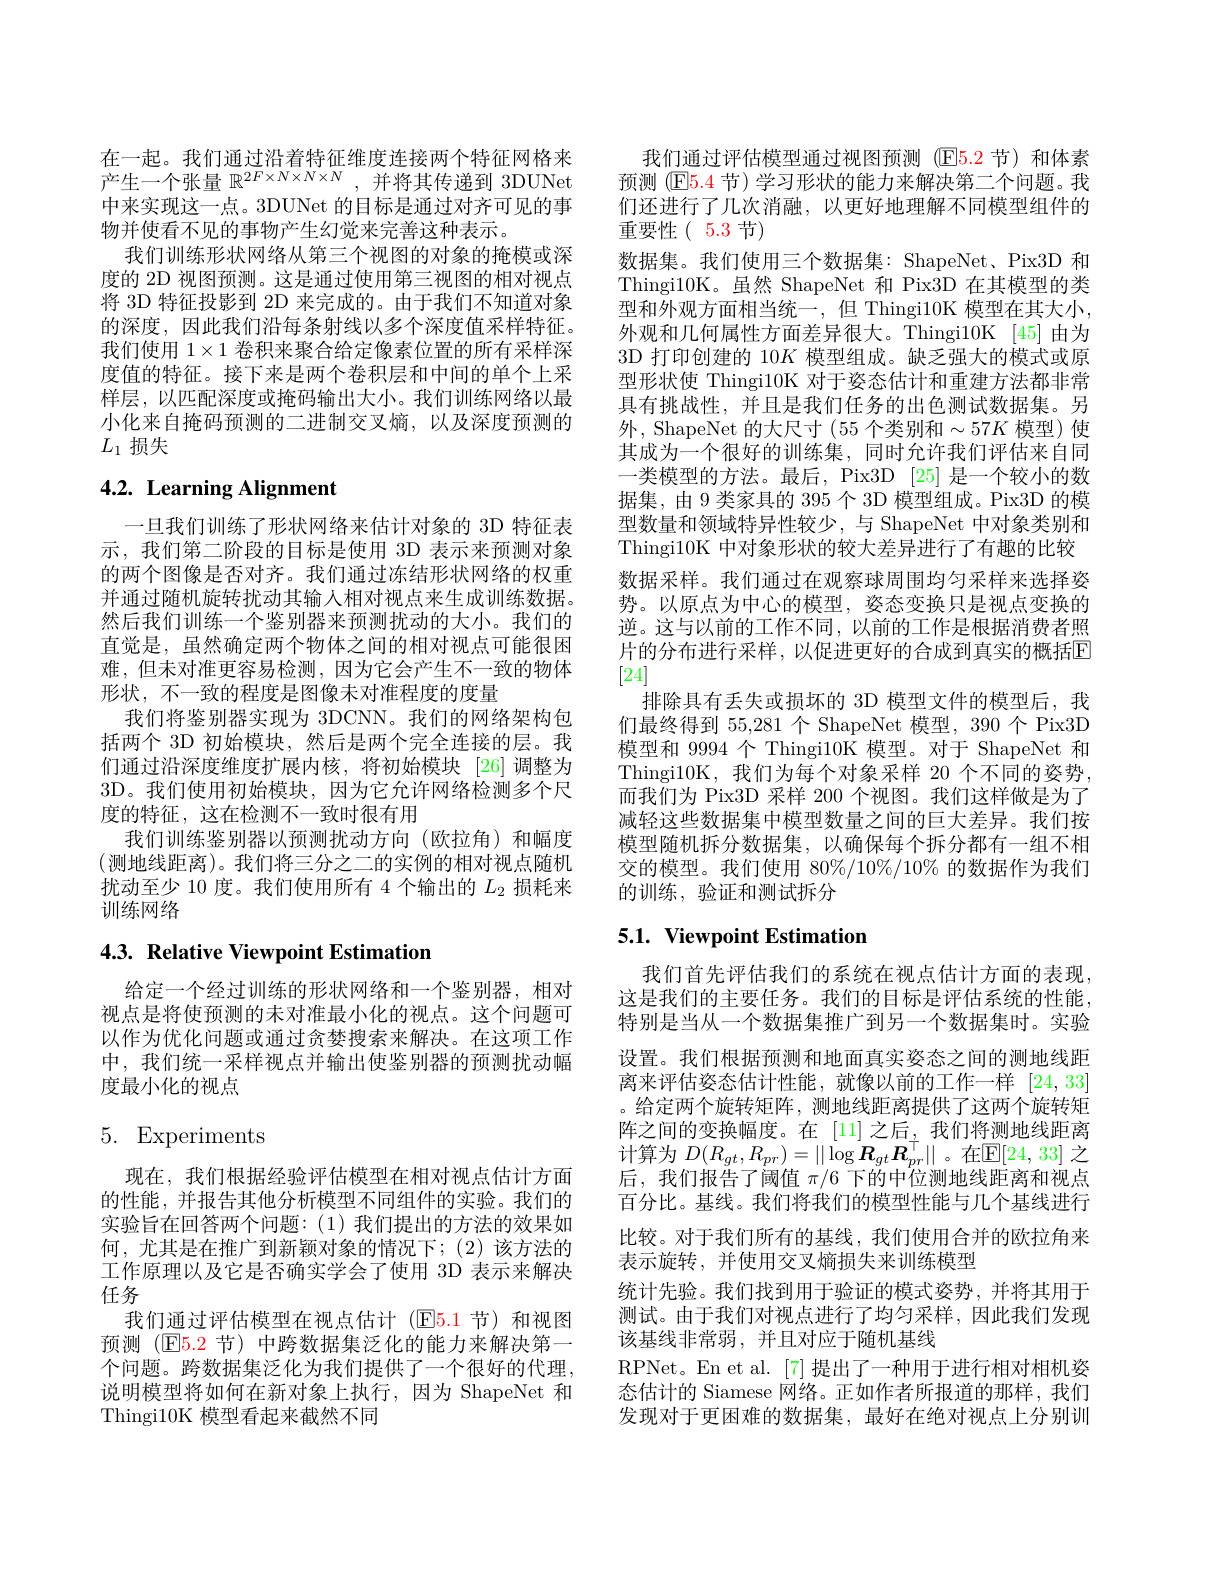
在一起。我们通过沿着特征维度连接两个特征网格来产生一个张量$\mathbb{R}^{2F\times N\times N\times N}$,并将其传递到 3DUNet 中来实现这一点。3DUNet 的目标是通过对齐可见的事物并使看不见的事物产生幻觉来完善这种表示。
我们训练形状网络从第三个视图的对象的掩模或深度的 2D 视图预测。这是通过使用第三视图的相对视点将 3D 特征投影到 2D 来完成的。由于我们不知道对象的深度，因此我们沿每条射线以多个深度值采样特征。我们使用$1\times1$卷积来聚合给定像素位置的所有采样深度值的特征。接下来是两个卷积层和中间的单个上采样层，以匹配深度或掩码输出大小。我们训练网络以最小化来自掩码预测的二进制交叉熵，以及深度预测的$L_1$损失

# 4.2. Learning Alignment

一旦我们训练了形状网络来估计对象的 3D 特征表示，我们第二阶段的目标是使用 3D 表示来预测对象的两个图像是否对齐。我们通过冻结形状网络的权重并通过随机旋转扰动其输入相对视点来生成训练数据。然后我们训练一个鉴别器来预测扰动的大小。我们的直觉是，虽然确定两个物体之间的相对视点可能很困难，但未对准更容易检测，因为它会产生不一致的物体形状，不一致的程度是图像未对准程度的度量
我们将鉴别器实现为 3DCNN。我们的网络架构包括两个 3D 初始模块，然后是两个完全连接的层。我们通过沿深度维度扩展内核，将初始模块[26]调整为3D。我们使用初始模块，因为它允许网络检测多个尺度的特征，这在检测不一致时很有用
我们训练鉴别器以预测扰动方向(欧拉角)和幅度(测地线距离)。我们将三分之二的实例的相对视点随机扰动至少 10 度。我们使用所有 4 个输出的$L_{2}$损耗来训练网络

## 4.3. Relative Viewpoint Estimation

给定一个经过训练的形状网络和一个鉴别器，相对视点是将使预测的未对准最小化的视点。这个问题可以作为优化问题或通过贪婪搜索来解决。在这项工作中，我们统一采样视点并输出使鉴别器的预测扰动幅度最小化的视点

## 5. Experiments

现在，我们根据经验评估模型在相对视点估计方面的性能，并报告其他分析模型不同组件的实验。我们的实验旨在回答两个问题：(1)我们提出的方法的效果如何，尤其是在推广到新颖对象的情况下；(2)该方法的工作原理以及它是否确实学会了使用 3D 表示来解决任务
我们通过评估模型在视点估计(E5.1节)和视图预测 (E5.2 节) 中跨数据集泛化的能力来解决第一个问题。跨数据集泛化为我们提供了一个很好的代理， 说明模型将如何在新对象上执行，因为 ShapeNet 和Thingi10K 模型看起来截然不同

我们通过评估模型通过视图预测(E5.2 节)和体素预测 (E5.4 节) 学习形状的能力来解决第二个问题。我们还进行了几次消融，以更好地理解不同模型组件的重要性(5.3节)
数据集。我们使用三个数据集：ShapeNet、Pix3D 和Thingi10K。虽然 ShapeNet 和 Pix3D 在其模型的类型和外观方面相当统一，但 Thingi10K 模型在其大小， 外观和几何属性方面差异很大。Thingi10K [45]由为3D 打印创建的 10$K$模型组成。缺乏强大的模式或原型形状使 Thingi10K 对于姿态估计和重建方法都非常具有挑战性，并且是我们任务的出色测试数据集。另外，ShapeNet 的大尺寸 (55 个类别和$\sim57K$ 模型)使其成为一个很好的训练集，同时允许我们评估来自同一类模型的方法。最后，Pix3D [25] 是一个较小的数据集，由 9 类家具的 395 个 3D 模型组成。Pix3D 的模型数量和领域特异性较少，与 ShapeNet 中对象类别和Thingi10K 中对象形状的较大差异进行了有趣的比较数据采样。我们通过在观察球周围均匀采样来选择姿势。以原点为中心的模型，姿态变换只是视点变换的逆。这与以前的工作不同，以前的工作是根据消费者照片的分布进行采样，以促进更好的合成到真实的概括E [24]
排除具有丢失或损坏的 3D 模型文件的模型后，我们最终得到 55,281 个 ShapeNet 模型，390 个 Pix3D 模型和 9994 个 Thingi10K 模型。对于 ShapeNet 和Thingi10K,我们为每个对象采样 20 个不同的姿势， 而我们为 Pix3D 采样 200 个视图。我们这样做是为了减轻这些数据集中模型数量之间的巨大差异。我们按模型随机拆分数据集，以确保每个拆分都有一组不相交的模型。我们使用 80%/10%/10% 的数据作为我们的训练，验证和测试拆分

## 5.1. Viewpoint Estimation

我们首先评估我们的系统在视点估计方面的表现， 这是我们的主要任务。我们的目标是评估系统的性能， 特别是当从一个数据集推广到另一个数据集时。实验设置。我们根据预测和地面真实姿态之间的测地线距离来评估姿态估计性能，就像以前的工作一样[24,33] 。给定两个旋转矩阵，测地线距离提供了这两个旋转矩阵之间的变换幅度。在 [11]之后，我们将测地线距离计算为 $D(R_{gt},R_{pr})=||\log\boldsymbol{R}_{gt}\boldsymbol{R}_{pr}^{\top}||$。在$\mathbb{E}[24,33]$ 之后，我们报告了阈值$\pi/6$下的中位测地线距离和视点百分比。基线。我们将我们的模型性能与几个基线进行比较。对于我们所有的基线，我们使用合并的欧拉角来表示旋转，并使用交叉熵损失来训练模型
统计先验。我们找到用于验证的模式姿势，并将其用于测试。由于我们对视点进行了均匀采样，因此我们发现该基线非常弱，并且对应于随机基线
RPNet。En et al.[7]提出了一种用于进行相对相机姿态估计的 Siamese 网络。正如作者所报道的那样，我们发现对于更困难的数据集，最好在绝对视点上分别训